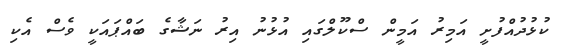
ކުޅުދުއްފުށީ އަމިރު އަމީން ސްކޫލްގައި އުޅުނު އިރު ނަޝާގެ ބައްޕައަކީ ވެސް އެކި